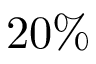
2 0 \%